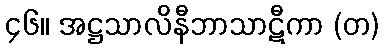
၄၆။ အဋ္ဌသာလိနီဘာသာဋီကာ (တ)